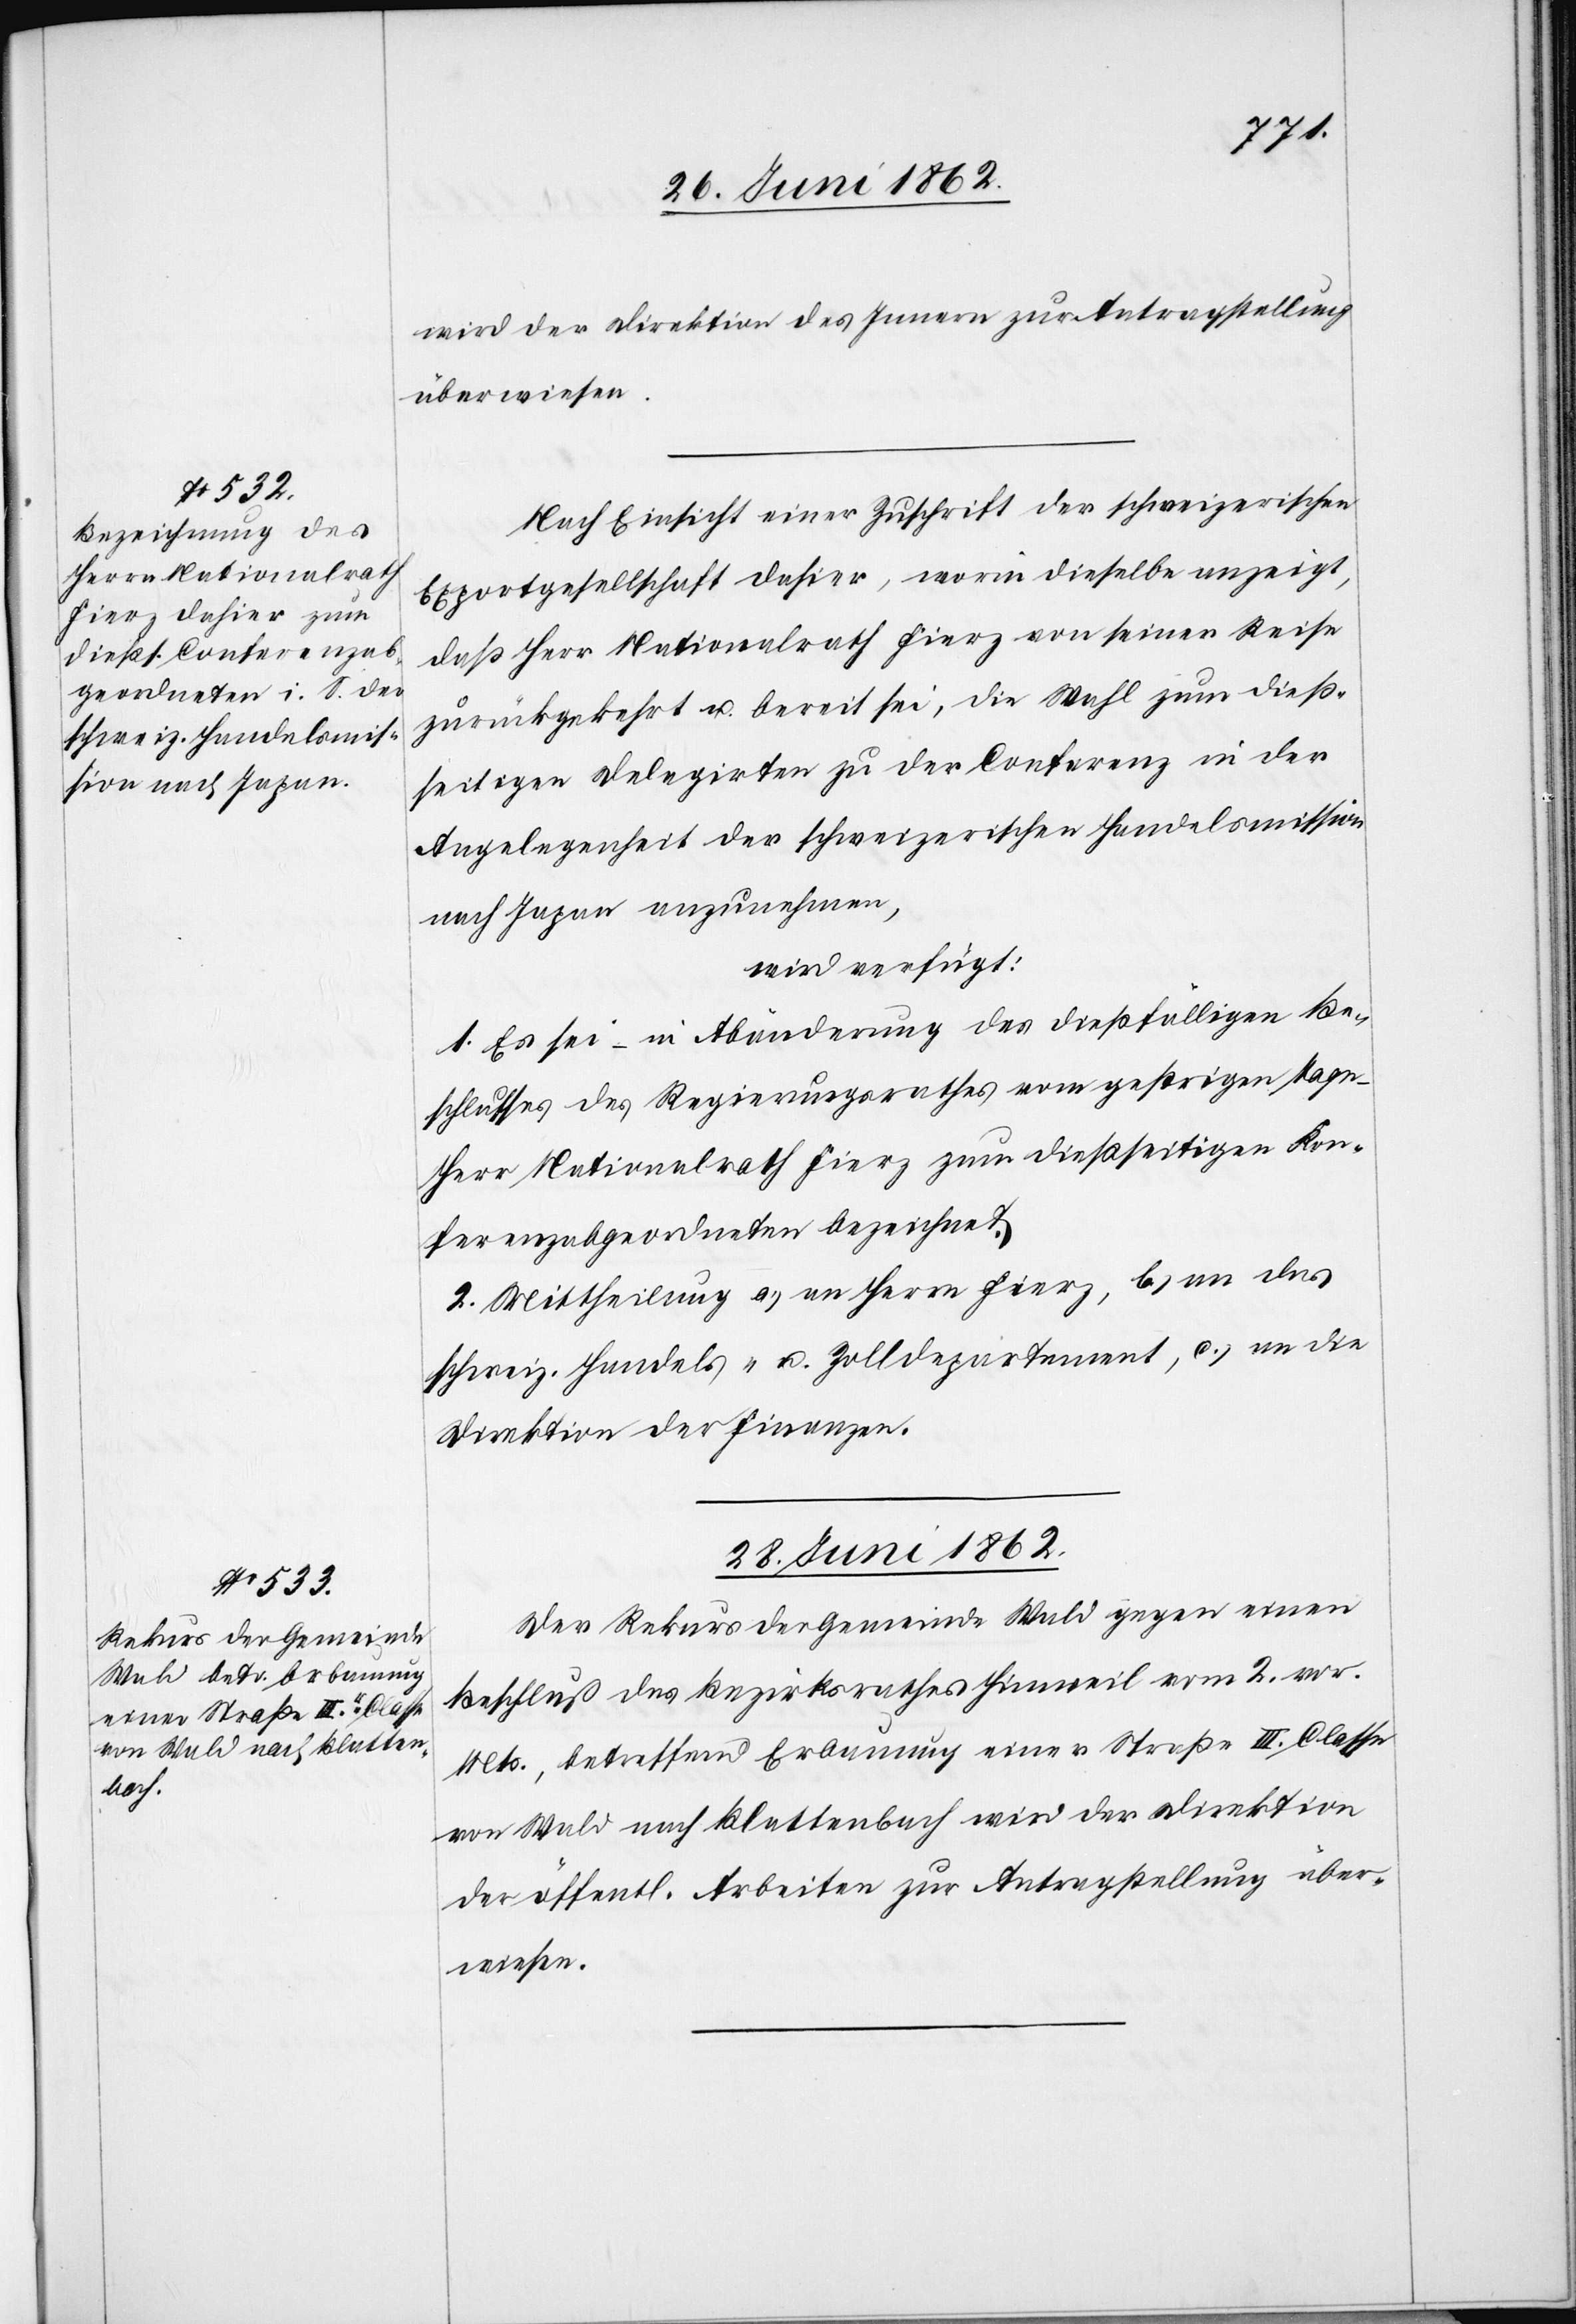
wird der Direktion des Innern zur Antragstellung
überwiesen.
Nach Einsicht einer Zuschrift der schweizerischen
Exportgesellschaft dahier, worin dieselbe anzeigt,
daß Herr Nationalrath Fierz von seiner Reise
zurückgekehrt u. bereit sei, die Wahl zum dieß¬
seitigen Delegirten zu der Conferenz in der
Angelegenheit der schweizerischen Handelsmission
nach Japan anzunehmen,
wird verfügt:
1. Es sei – in Abänderung des dießfälligen Be¬
schlusses des Regierungsrathes vom gestrigen Tage
Herr Nationalrath Fierz zum dießseitigen Kon¬
ferenzabgeordneten bezeichnet.
2. Mittheilung a) an Herrn Fierz, b) an das
schweiz. Handels- u. Zolldepartement, c) an die
Direktion der Finanzen.
28. Juni 1862.
Der Rekurs der Gemeinde Wald gegen einen
Beschluß des Bezirksrathes Hinweil vom 2. vor.
Mts., betreffend Erbauung einer Straße II. Classe
von Wald nach Blattenbach wird der Direktion
der öffentl. Arbeiten zur Antragstellung über¬
wiesen.